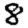
Digit: 8